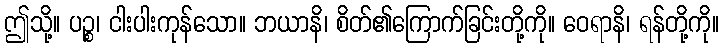
ဤသို့။ ပဉ္စ၊ ငါးပါးကုန်သော။ ဘယာနိ၊ စိတ်၏ကြောက်ခြင်းတို့ကို။ ဝေရာနိ၊ ရန်တို့ကို။